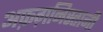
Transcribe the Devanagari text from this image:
अफ़ग़निस्तानी